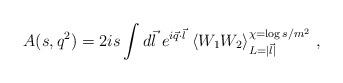
LaTeX: \begin{align*}A(s,q^2)=2is\int d\vec l\ e^{i\vec q\cdot \vec l}\ \langle W_1 W_2\rangle _{L=|\vec l|}^{\chi=\log s/m^2}\ ,\end{align*}